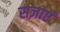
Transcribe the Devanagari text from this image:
सज़ाएं